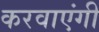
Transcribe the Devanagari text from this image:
करवाएंगी